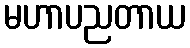
မဟာပညတာယ